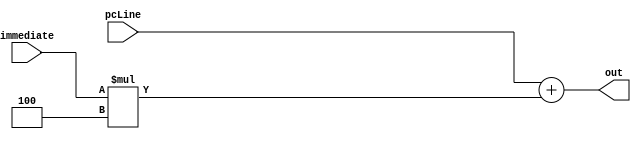
`timescale 1ns / 1ps
//////////////////////////////////////////////////////////////////////////////////
// Company: 
// Engineer: 
// 
// Create Date: 
// Design Name: 
// Module Name: shiftAdder
// Project Name: 
// Target Devices: 
// Tool Versions: 
// Description: 
// 
// Dependencies: 
// 
// Revision:
// Revision 0.01 - File Created
// Additional Comments:
// 
//////////////////////////////////////////////////////////////////////////////////


module shiftAdder(out, pcLine, immediate);

    input [31:0] pcLine, immediate;
    output reg [31:0] out;
    
      always@(pcLine, immediate)begin
        out <= pcLine + (immediate*4);
      end


endmodule